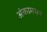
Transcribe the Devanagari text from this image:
अंकामधून